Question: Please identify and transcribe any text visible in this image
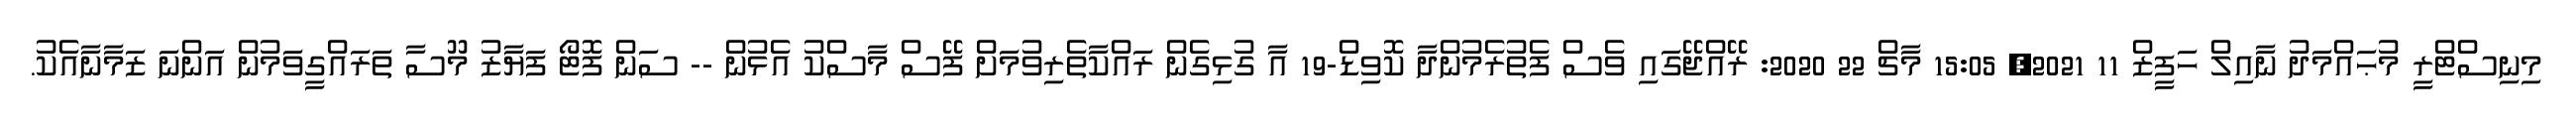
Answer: މިނިސްޓްރީ މުޙައްމަދު ނާއިލް ހަފީޒް 11 2021, 15:05 މާޗް 22 2020: ރޭއްޖޭގައި ވެސް ފެތުރެމުންދާ ކޮވިޑް-19 އާ ގުޅިގެން ރައްކާތެރިވުމަށް ފޭސް މާސްކު އެޅުން -- ސަން ފޮޓޯ ފަޔާޒު މޫސާ ތަރައްގީވަމުން އަންނަ ޒަމާނާއެކު.